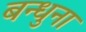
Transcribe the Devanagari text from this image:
बन्धुना